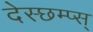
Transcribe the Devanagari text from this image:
देस्छम्प्स्